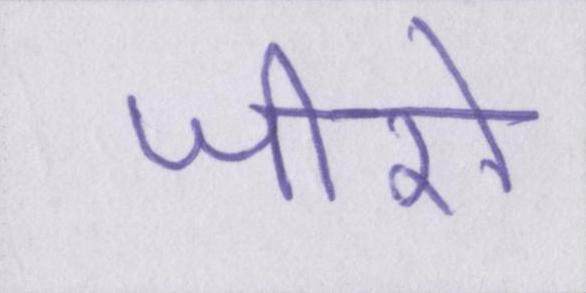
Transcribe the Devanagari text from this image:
जीरो